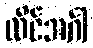
လိင်အင်္ဂါ